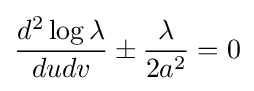
{\frac {d^{2}\log \lambda }{dudv}}\pm {\frac {\lambda }{2a^{2}}}=0